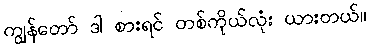
ကျွန်တော် ဒါ စားရင် တစ်ကိုယ်လုံး ယားတယ်။